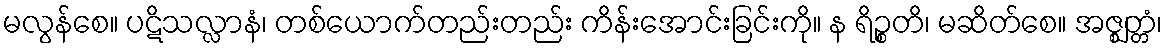
မလွန်စေ။ ပဋိသလ္လာနံ၊ တစ်ယောက်တည်းတည်း ကိန်းအောင်းခြင်းကို။ န ရိဉ္စတိ၊ မဆိတ်စေ။ အဇ္ဈတ္တံ၊